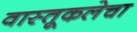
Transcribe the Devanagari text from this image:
वास्तूकलेचा